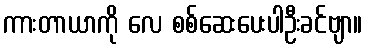
ကားတာယာကို လေ စစ်ဆေးပေးပါဦးခင်ဗျာ။